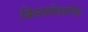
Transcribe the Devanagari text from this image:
बिसफ़ॉसफ़ोनेट